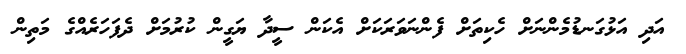
އަދި އަޅުގަނޑުމެންނަށް ހެކިތަށް ފެންނަވަރަކަށް އެކަން ސީދާ ޔަގީން ކުރުމަށް ދެފަހަރެއްގެ މަތިން